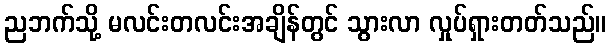
ညဘက်သို့ မလင်းတလင်းအချိန်တွင် သွားလာ လှုပ်ရှားတတ်သည်။